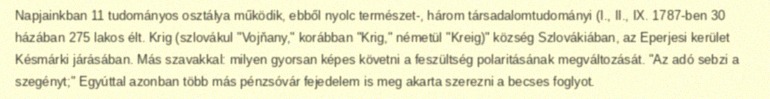
Napjainkban 11 tudományos osztálya működik, ebből nyolc természet-, három társadalomtudományi (I., II., IX. 1787-ben 30 házában 275 lakos élt. Krig (szlovákul "Vojňany," korábban "Krig," németül "Kreig)" község Szlovákiában, az Eperjesi kerület Késmárki járásában. Más szavakkal: milyen gyorsan képes követni a feszültség polaritásának megváltozását. "Az adó sebzi a szegényt;" Egyúttal azonban több más pénzsóvár fejedelem is meg akarta szerezni a becses foglyot.